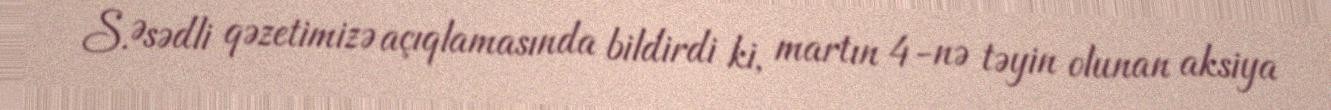
S.Əsədli qəzetimizə açıqlamasında bildirdi ki, martın 4-nə təyin olunan aksiya